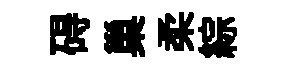
碍巢柔綜